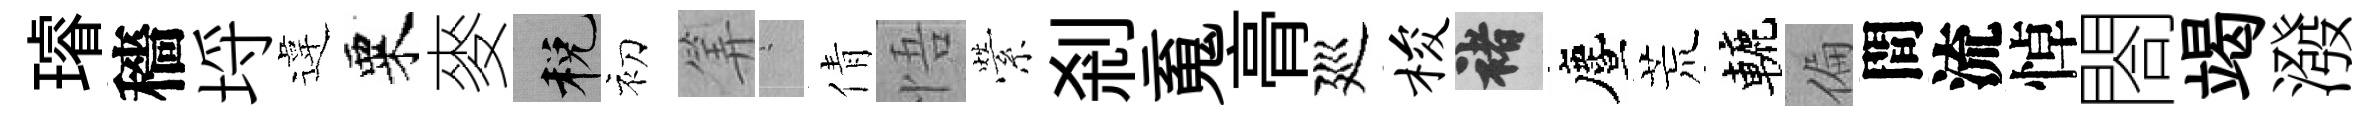
璿穡埓違粟麥税初筭搖倩悟縈剎䰟𮌔廵梭褚󵨌荒轆偏間流悼閤竭潑